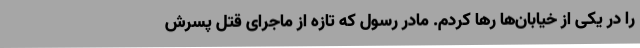
را در یکی از خیابان‌ها رها کردم. مادر رسول که تازه از ماجرای قتل پسرش